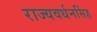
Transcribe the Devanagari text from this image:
राज्यवर्धनसिंह